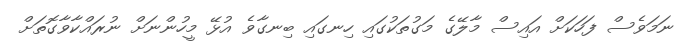
ނަމަވެސް ފަހަކަށް އައިސް މާލޭގެ މަގުތަކުގައި ހިނގައި ބިނގާވެ އުޅޭ މީހުންނަށް ނުރައްކާވާގޮތަށް